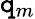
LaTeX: \mathtt{q}_{m}